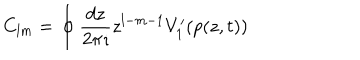
LaTeX: C _ { l m } = \oint \frac { d z } { 2 \pi \imath } z ^ { l - m - 1 } V _ { 1 } ^ { \prime } ( p ( z , t ) )